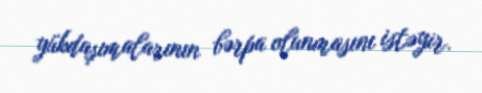
yükdaşımalarının bərpa olunmasını istəyir.